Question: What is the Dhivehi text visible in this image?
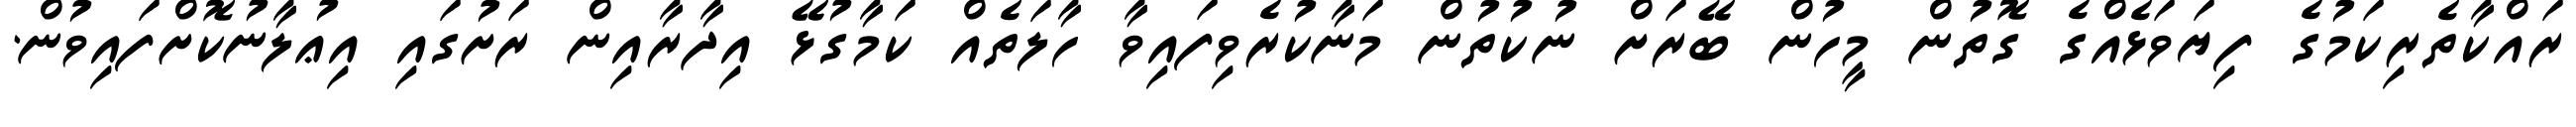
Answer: ރައްކާތެރިކަމުގެ ފިޔަވަޅެއްގެ ގޮތުން މީހުން ބޭރަށް ނުކުތުން މަނާކުރެވިފައިވާ ހާލަތެއް ކަމާގުޅޭ އިދާރާއިން ރަށުގައި އިޢުލާނުކޮށްފައިވުން.